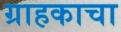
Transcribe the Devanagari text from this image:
ग्राहकाचा